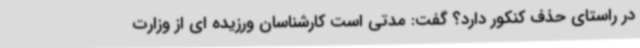
در راستای حذف کنکور دارد؟ گفت: مدتی است کارشناسان ورزیده ای از وزارت